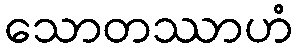
သောတဿာဟံ